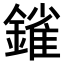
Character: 𨫠